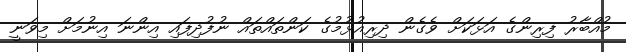
މުއްބާރު ފިރިންގެ އަޅަކަށް ވެގެން ދިރިއުޅުމުގެ ކަންތައްތައް ނުފުދިފައި އިންނަ އިނުމަށް މިވަނީ